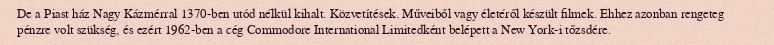
De a Piast ház Nagy Kázmérral 1370-ben utód nélkül kihalt. Közvetítések. Műveiből vagy életéről készült filmek. Ehhez azonban rengeteg pénzre volt szükség, és ezért 1962-ben a cég Commodore International Limitedként belépett a New York-i tőzsdére.